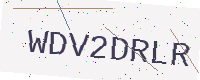
Text: WDV2DRLR